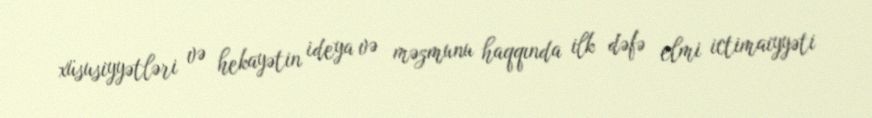
xüsusiyyətləri və hekayətin ideya və məzmunu haqqında ilk dəfə elmi ictimaiyyəti